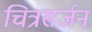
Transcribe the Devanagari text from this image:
चित्रसर्जन